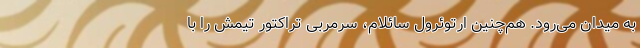
به میدان می‌رود. هم‌چنین ارتوئرول سائلام، سرمربی تراکتور تیمش را با